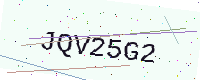
Text: JQV25G2